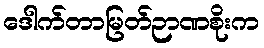
ဒေါက်တာမြတ်ဉာဏစိုးက